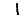
Digit: 1